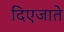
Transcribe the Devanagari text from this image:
दिएजाते